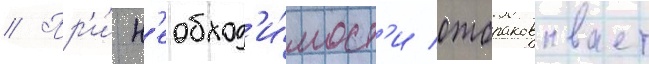
// Пр'и́ н'еобход'и́мост'и отбраковывает